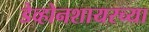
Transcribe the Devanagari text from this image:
डेव्होनशायरच्या